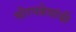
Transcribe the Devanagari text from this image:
घोरपडेयांची